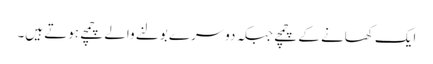
ایک کھانے کے چمچے جبکہ دوسرے بولنے والے چمچے ہوتے ہیں۔